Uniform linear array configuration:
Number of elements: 4
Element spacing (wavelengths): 0.75
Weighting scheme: blackman
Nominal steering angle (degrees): -30
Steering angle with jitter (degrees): -31.137
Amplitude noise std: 0.05
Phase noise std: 0.05

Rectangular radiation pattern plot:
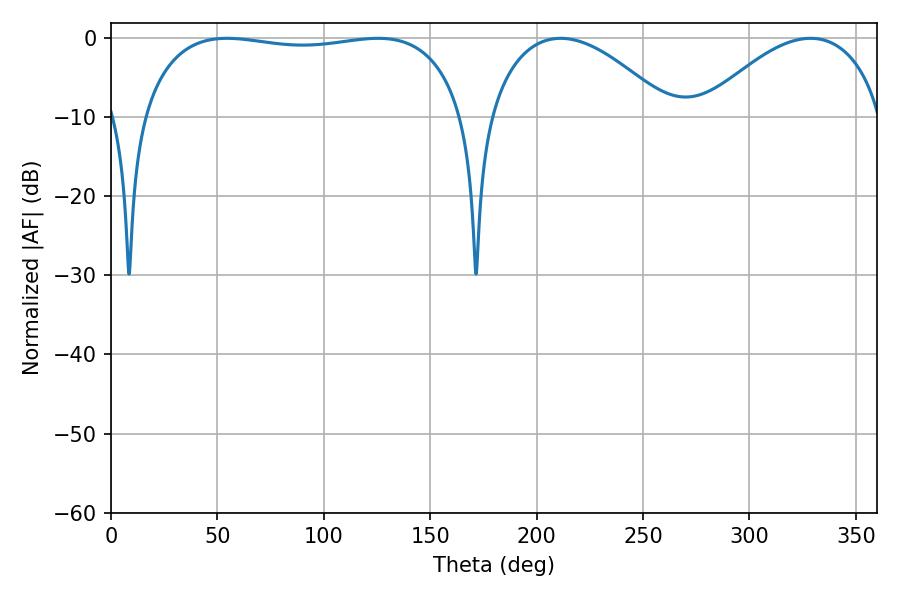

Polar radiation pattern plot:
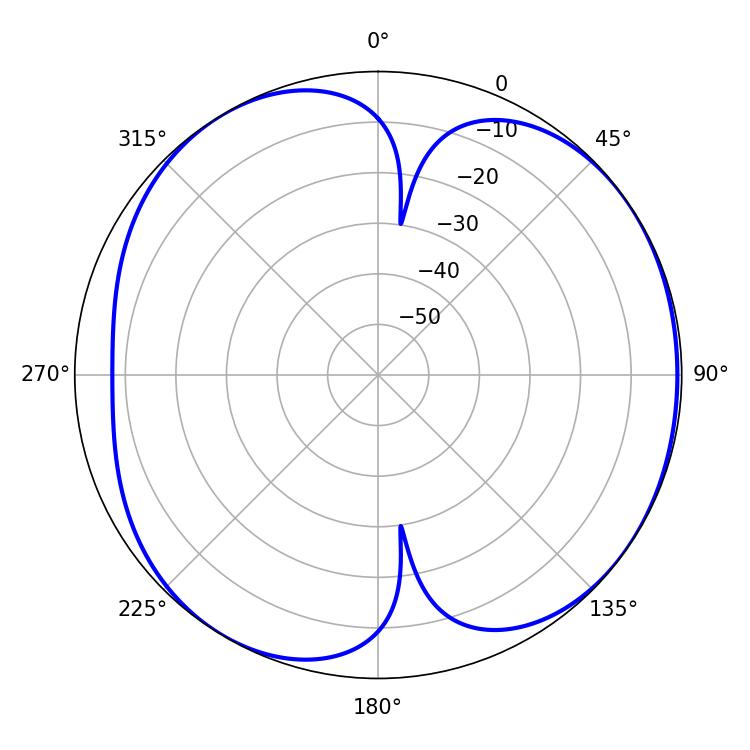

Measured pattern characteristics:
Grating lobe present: TRUE
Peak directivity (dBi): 5.483
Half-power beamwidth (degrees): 122.4
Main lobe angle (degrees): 54.54